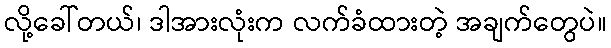
လို့ခေါ်တယ်၊ ဒါအားလုံးက လက်ခံထားတဲ့ အချက်တွေပဲ။